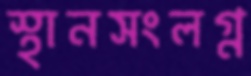
স্থানসংলগ্ন